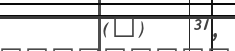
(@)   31